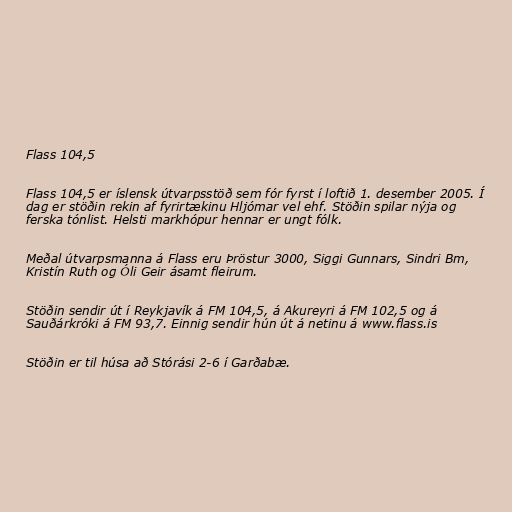
Flass 104,5

Flass 104,5 er íslensk útvarpsstöð sem fór fyrst í loftið 1. desember 2005. Í
dag er stöðin rekin af fyrirtækinu Hljómar vel ehf. Stöðin spilar nýja og
ferska tónlist. Helsti markhópur hennar er ungt fólk.

Meðal útvarpsmanna á Flass eru Þröstur 3000, Siggi Gunnars, Sindri Bm,
Kristín Ruth og Óli Geir ásamt fleirum.

Stöðin sendir út í Reykjavík á FM 104,5, á Akureyri á FM 102,5 og á
Sauðárkróki á FM 93,7. Einnig sendir hún út á netinu á www.flass.is

Stöðin er til húsa að Stórási 2-6 í Garðabæ.